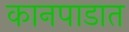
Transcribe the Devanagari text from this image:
कानपाडात